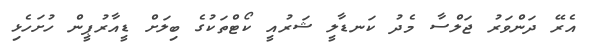
އެރޭ ދަންވަރު ޖަލްސާ މެދު ކަނޑާލީ ޝަރުއީ ކޯޓްތަކުގެ ބިލަށް ޑީއާރުޕީން ހުށަހެޅި